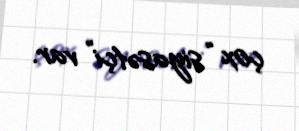
çox “siyasətçi” var.